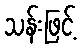
သန်းဖြင့်